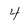
Character: 4